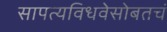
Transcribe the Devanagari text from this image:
सापत्यविधवेसोबतचं